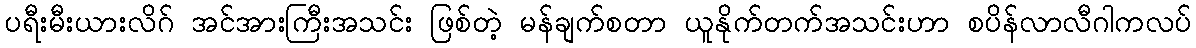
ပရီးမီးယားလိဂ် အင်အားကြီးအသင်း ဖြစ်တဲ့ မန်ချက်စတာ ယူနိုက်တက်အသင်းဟာ စပိန်လာလီဂါကလပ်